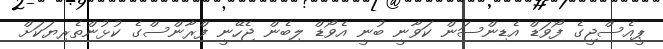
ޕީއެސްޖީގެ ފޯވަޑް އެޑިންސަން ކަވާނީ ބުނީ އެވޯޑް ލިބެން ޖެހޭނީ ފްރާންސްގެ ކުޅުންތެރިޔަކަށް